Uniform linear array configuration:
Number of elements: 24
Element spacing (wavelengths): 1
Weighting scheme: kaiser
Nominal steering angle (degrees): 30
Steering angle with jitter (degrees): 30.765
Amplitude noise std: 0.05
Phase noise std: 0.05

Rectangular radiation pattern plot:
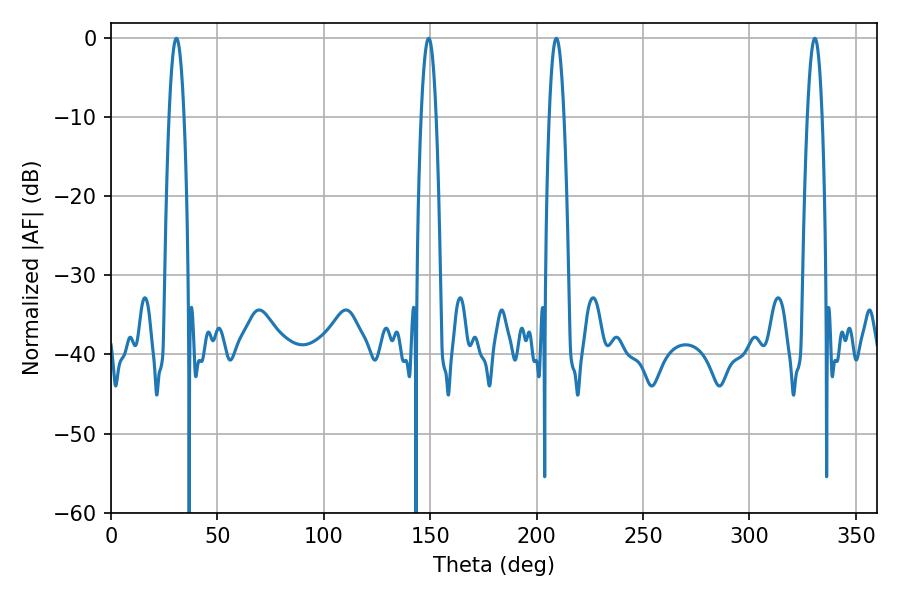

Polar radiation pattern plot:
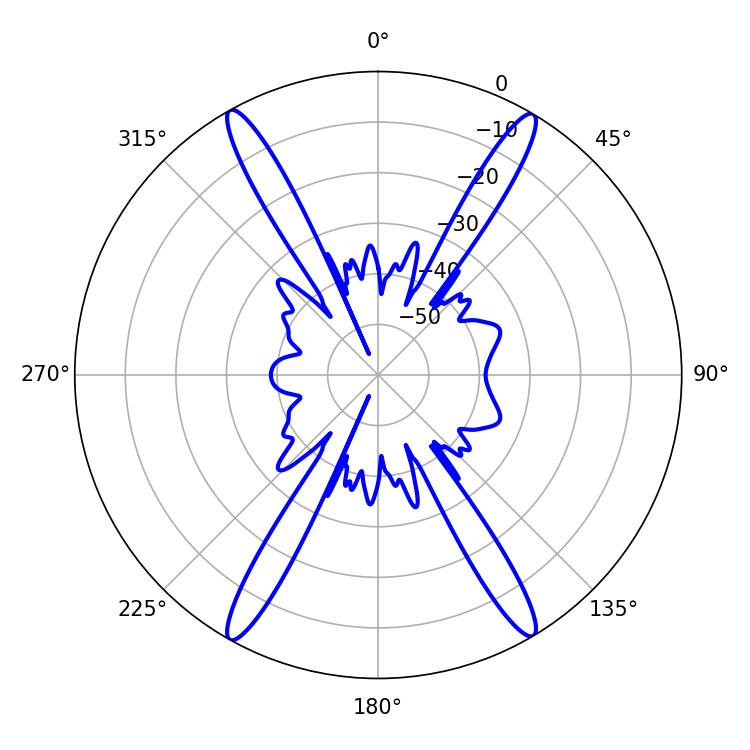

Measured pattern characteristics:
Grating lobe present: TRUE
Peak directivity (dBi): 26.656
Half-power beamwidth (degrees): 3.96
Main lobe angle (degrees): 30.78